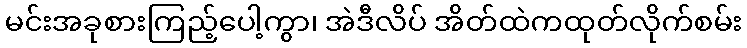
မင်းအခုစားကြည့်ပေါ့ကွာ၊ အဲဒီလိပ် အိတ်ထဲကထုတ်လိုက်စမ်း